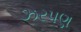
ઝરપણ